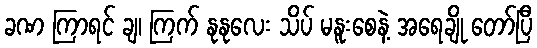
ခဏ ကြာရင် ချ၊ ကြက် နုနုလေး သိပ် မနူးစေနဲ့ အရေချို တော်ပြီ